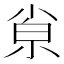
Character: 𡮂